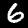
Digit: 6